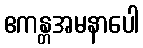
ဧကန္တအမနာပေါ